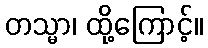
တသ္မာ၊ ထို့ကြောင့်။